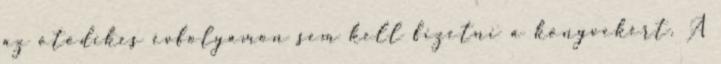
az ötödikes évfolyamon sem kell fizetni a könyvekért. A